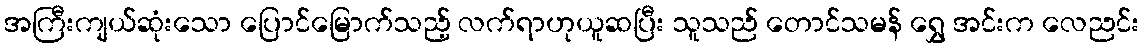
အကြီးကျယ်ဆုံးသော ပြောင်မြောက်သည့် လက်ရာဟုယူဆပြီး သူသည် တောင်သမန် ရွှေ အင်းက လေညင်း